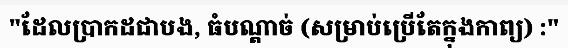
"ដែលប្រាកដជាបង, ធំបណ្តាច់ (សម្រាប់ប្រើតែក្នុងកាព្យ) :"